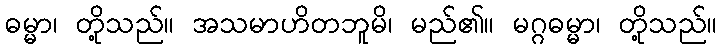
ဓမ္မာ၊ တို့သည်။ အသမာဟိတဘူမိ၊ မည်၏။ မဂ္ဂဓမ္မာ၊ တို့သည်။